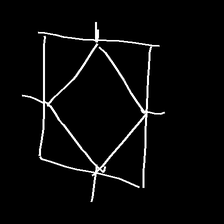
Glyph: light